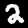
Label: 2